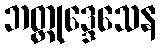
ဘတ္တုဒ္ဒေသေန